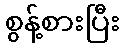
စွန့်စားပြီး